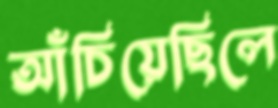
আঁচিয়েছিলে